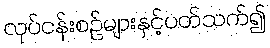
လုပ်ငန်းစဉ်များနှင့်ပတ်သက်၍